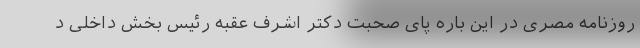
روزنامه مصری در این باره پای صحبت دکتر اشرف عقبه رئیس بخش داخلی د